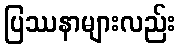
ပြဿနာများလည်း